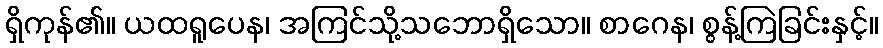
ရှိကုန်၏။ ယထရူပေန၊ အကြင်သို့သဘောရှိသော။ စာဂေန၊ စွန့်ကြဲခြင်းနှင့်။